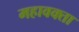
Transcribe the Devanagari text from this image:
महावक्ता